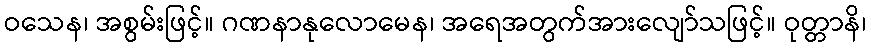
ဝသေန၊ အစွမ်းဖြင့်။ ဂဏနာနုလောမေန၊ အရေအတွက်အားလျော်သဖြင့်။ ဝုတ္တာနိ၊